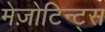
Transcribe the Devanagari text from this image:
मेज़ोटिन्ट्स